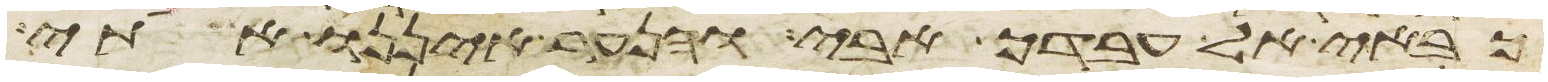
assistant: כבאי אל עבדך אבי והנער איננו אתי